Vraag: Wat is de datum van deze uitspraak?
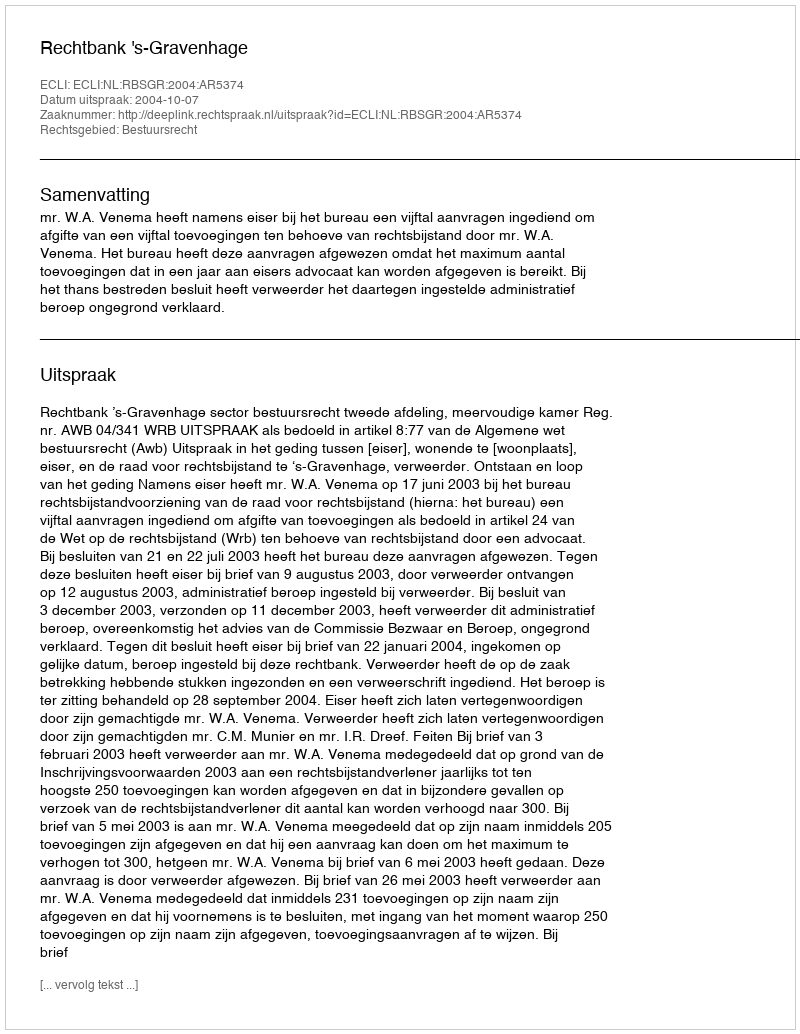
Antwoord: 2004-10-07